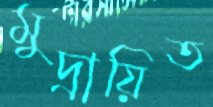
মুদ্রায়িত